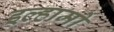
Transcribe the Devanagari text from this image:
इल्हामो